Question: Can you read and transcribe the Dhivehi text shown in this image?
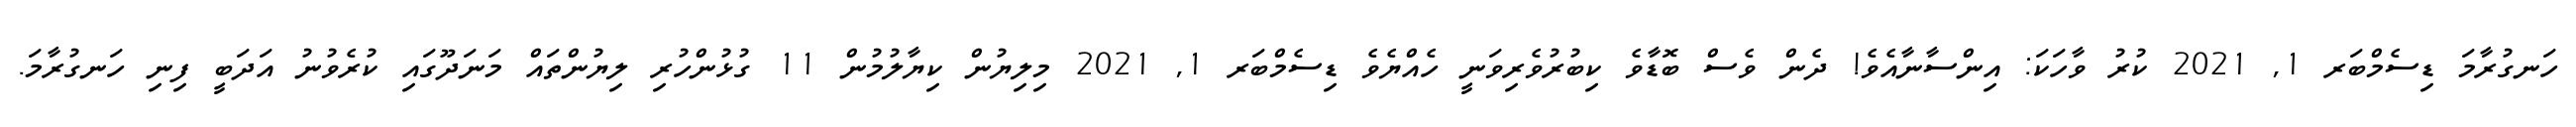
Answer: ހަނގުރާމަ ޑިސެމްބަރ 1, 2021 ކުރު ވާހަކަ: އިންސާނާއެވެ! ދެން ވެސް ބޮޑާވެ ކިބުރުވެރިވަނީ ހެއްޔެވެ ޑިސެމްބަރ 1, 2021 މިލިޔުން ކިޔާލުމުން 11 ގުޅުންހުރި ލިޔުންތައް މަނަދޫގައި ކުރެވުނު އަދަބީ ފިނި ހަނގުރާމަ.